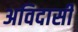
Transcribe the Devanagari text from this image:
अविदासी